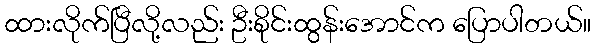
ထားလိုက်ပြီလို့လည်း ဦးစိုင်းထွန်းအောင်က ပြောပါတယ်။